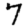
Digit: 7